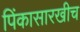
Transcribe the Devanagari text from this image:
पिंकासारखीच